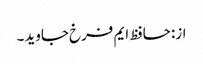
از: حافظ ایم فرخ جاوید۔